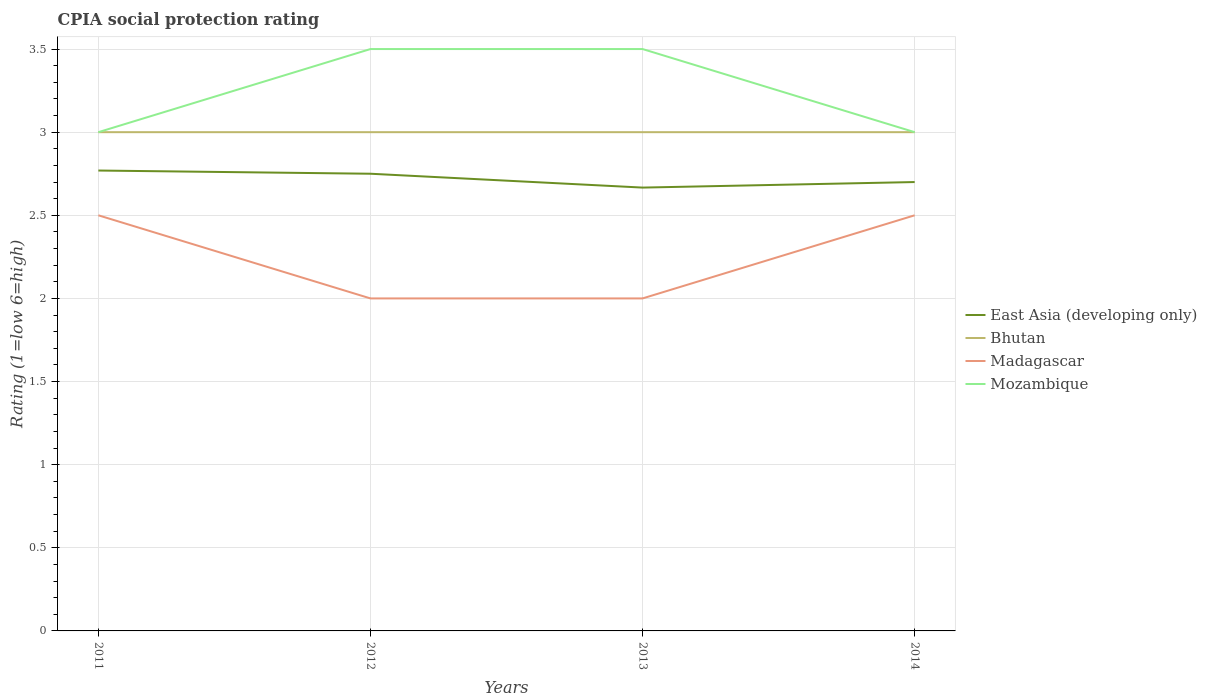
| Years | East Asia (developing only) | Bhutan | Madagascar | Mozambique |
 | --- | --- | --- | --- | --- |
 | 2011 | 2.77 | 3 | 2.5 | 3 |
 | 2012 | 2.75 | 3 | 2 | 3.5 |
 | 2013 | 2.67 | 3 | 2 | 3.5 |
 | 2014 | 2.7 | 3 | 2.5 | 3 |